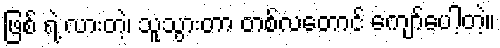
ဖြစ် ရဲ့ လားတဲ့၊ သူသွားတာ တစ်လတောင် ကျော်ပေါ့တဲ့။